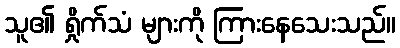
သူ၏ ရှိုက်သံ များကို ကြားနေသေးသည်။